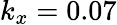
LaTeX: k_{x}=0.07